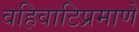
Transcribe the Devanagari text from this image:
वहिवाटिप्रमाणे